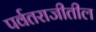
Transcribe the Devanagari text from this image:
पर्वतराजीतील